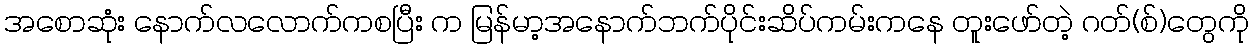
အစောဆုံး နောက်လလောက်ကစပြီး က မြန်မာ့အနောက်ဘက်ပိုင်းဆိပ်ကမ်းကနေ တူးဖော်တဲ့ ဂတ်(စ်)တွေကို